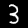
Digit: 3